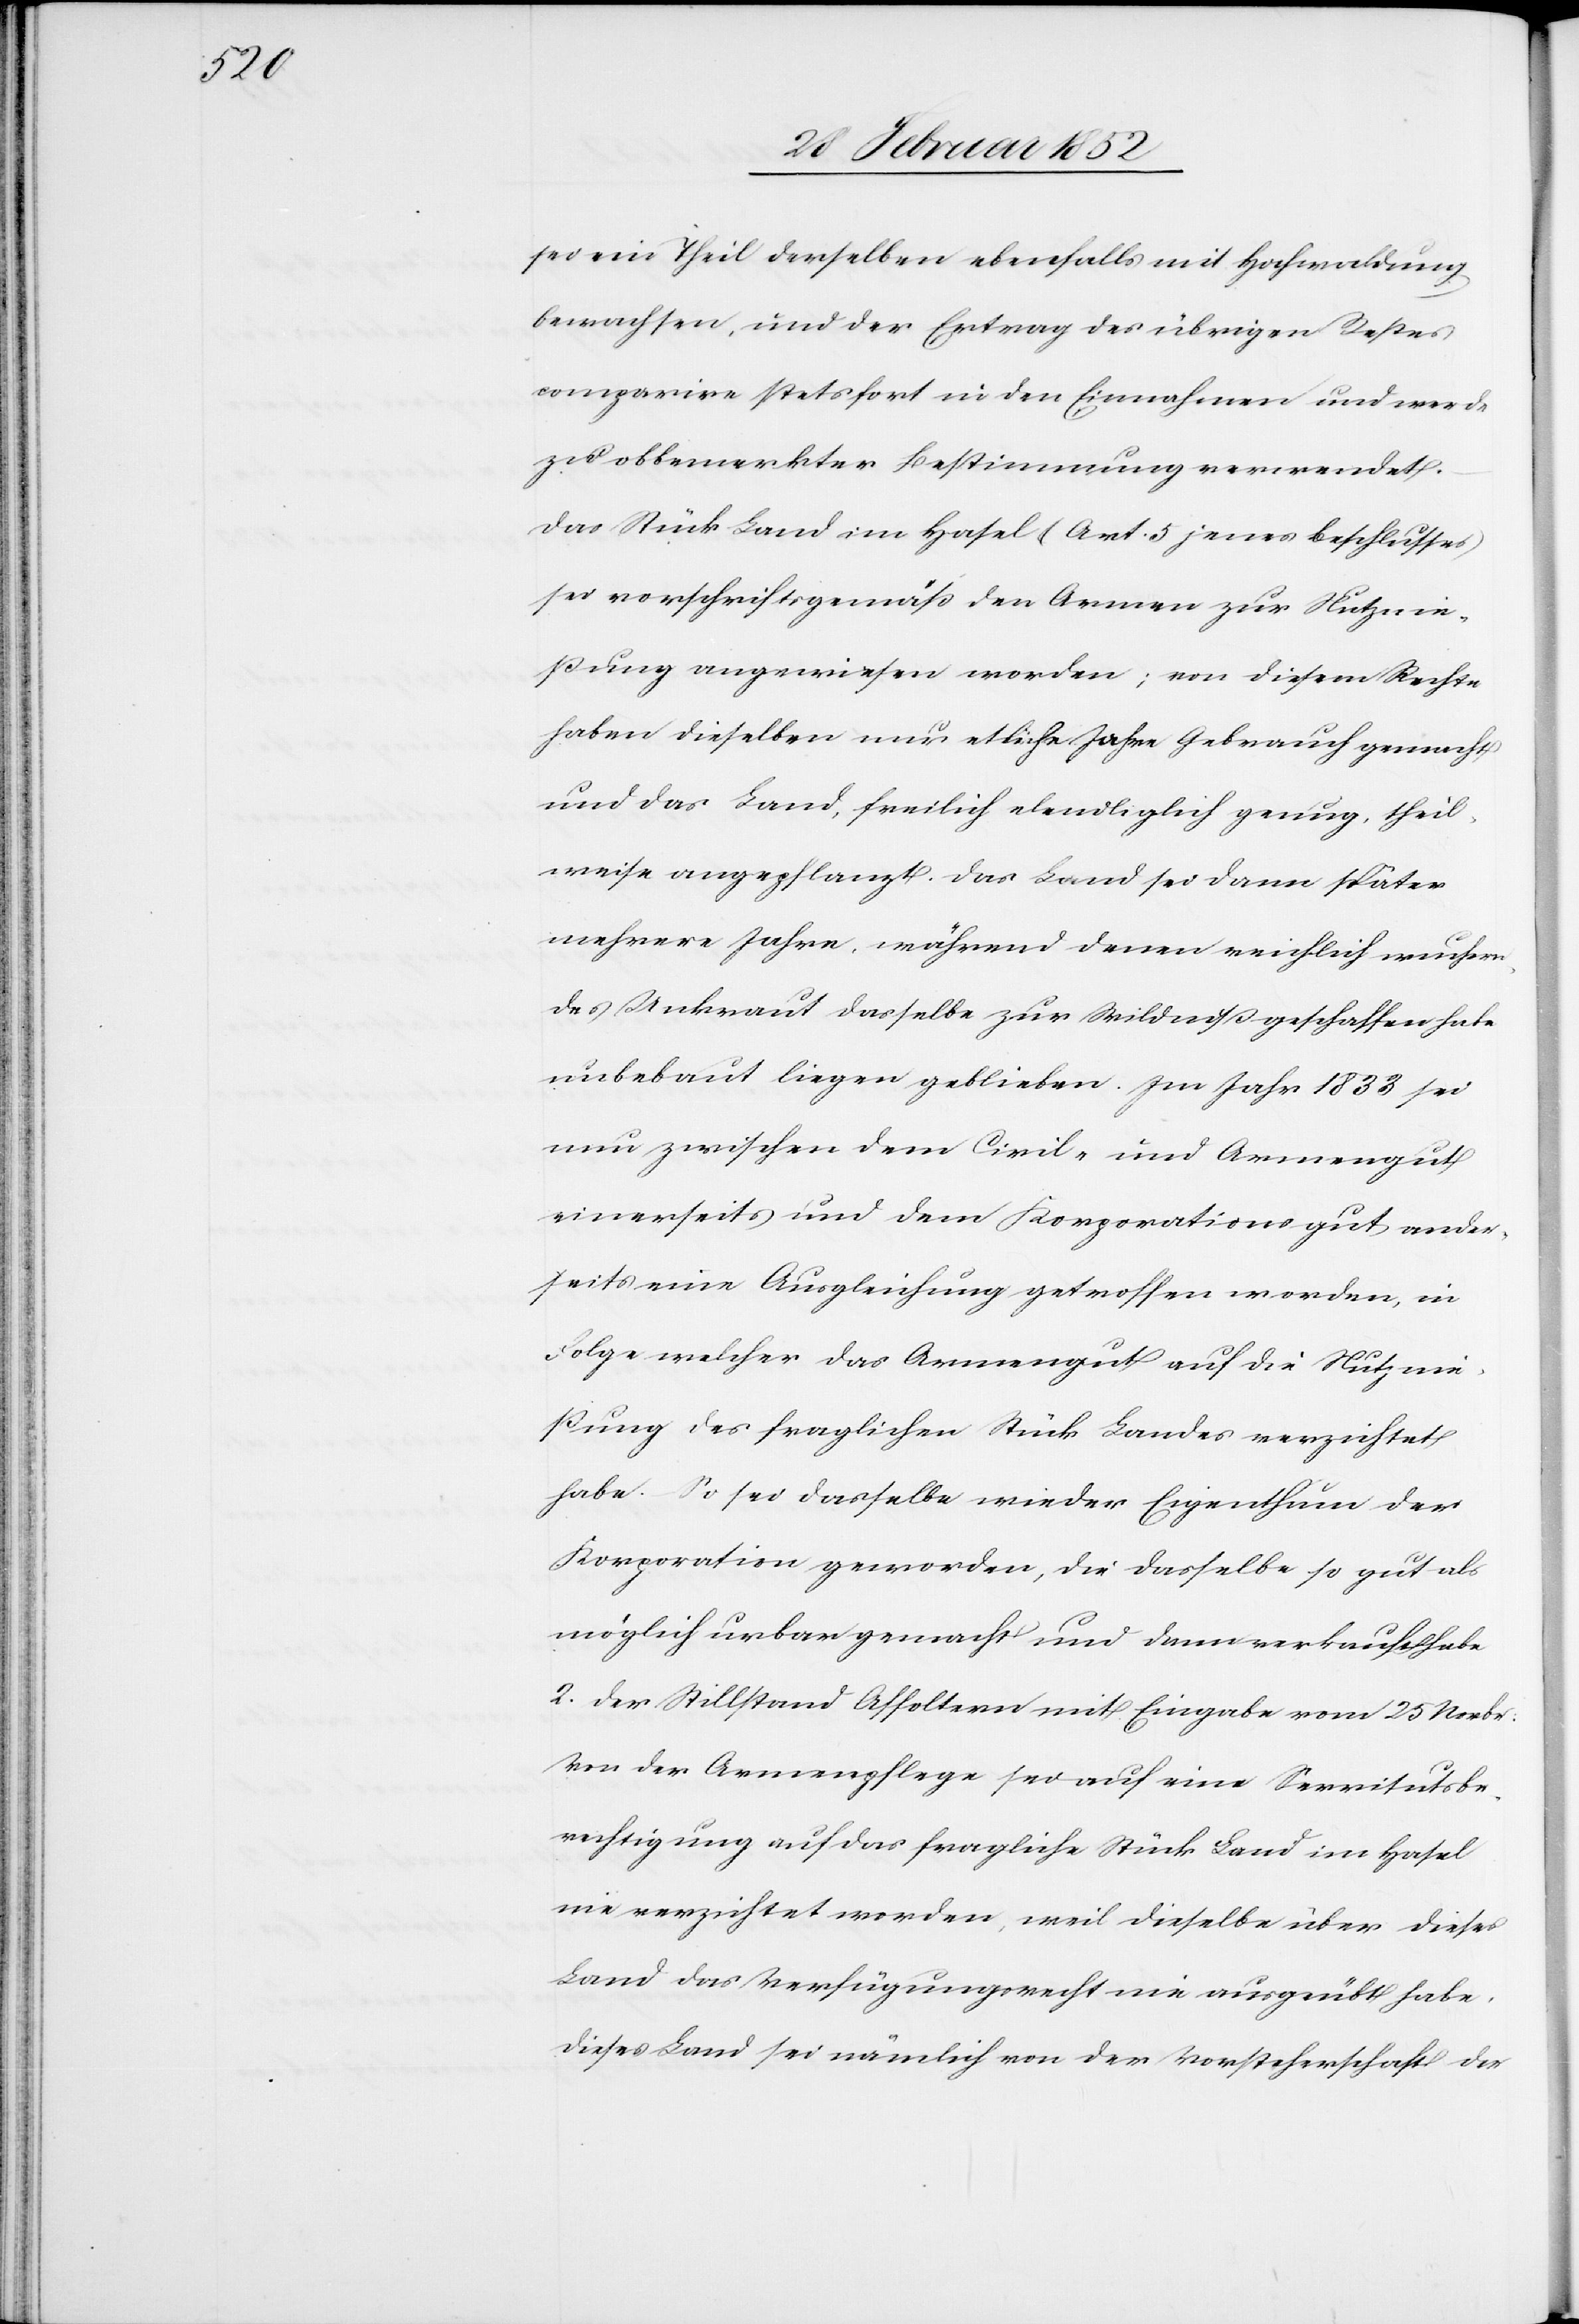
sei ein Theil derselben ebenfalls mit Hochwaldung
bewachsen, und der Ertrag des übrigen Restes
comparire stetsfort in den Einnahmen und werde
zu obbemerkter Bestimmung verwendet.
Das Stück Land im Hasel (Art. 5 jenes Beschlusses)
sei vorschriftsgemäß den Armen zur Nutznie¬
ßung angewiesen worden; von diesem Rechte
haben dieselben nur etliche Jahre Gebrauch gemacht
und das Land, freilich elendiglich genug, theil¬
weise angepflanzt. Das Land sei dann später
mehrere Jahre, während denen reichlich wuchern¬
des Unkraut dasselbe zur Wildniß geschaffen habe
unbebaut liegen geblieben. Im Jahr 1833 sei
nun zwischen dem Civil- und Armengut
einerseits und dem Korporationsgut ander¬
seits eine Ausgleichung getroffen worden, in
Folge welcher das Armengut auf die Nutznie¬
ßung des fraglichen Stück Landes verzichtet
habe. So sei dasselbe wieder Eigenthum der
Korporation geworden, die dasselbe so gut als
möglich urbar gemacht und dann verkauft habe.
2. Der Stillstand Affoltern mit Eingabe vom 25. Novbr.
von der Armenpflege sei auf eine Servitutsbe¬
rechtigung auf das fragliche Stück Land im Hasel
nie verzichtet worden, weil dieselbe über dieses
Land das Verfügungsrecht nie ausgeübt habe.
Dieses Land sei nämlich von der Vorsteherschaft der